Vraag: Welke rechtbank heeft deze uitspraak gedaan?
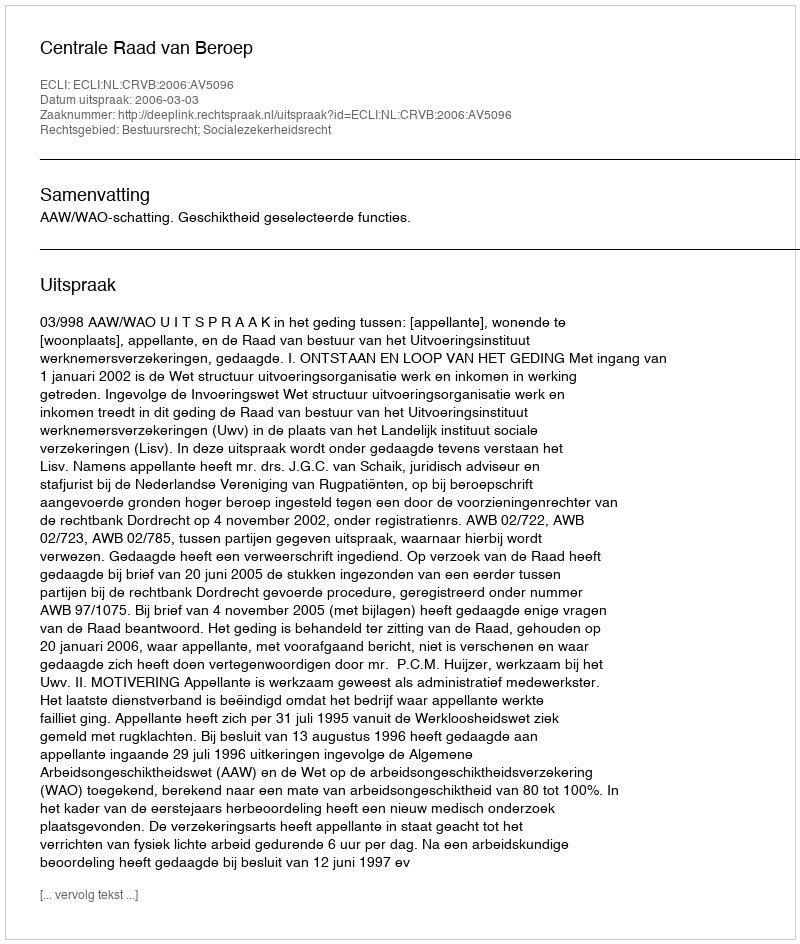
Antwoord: Centrale Raad van Beroep